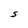
Character: S